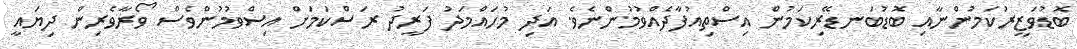
ބޮޑުވަޒީރުކަމުންނާއި ބޮޑުބަނޑޭރިކަމުން އިސްތިއުފާދެއްވުމުންނެވެ. އަދި މުހައްމަދު ފަރީދު ރަސްކަމަށް އިސްވުމުންވެސް ވޯރާވެރިން ދިޔައީ